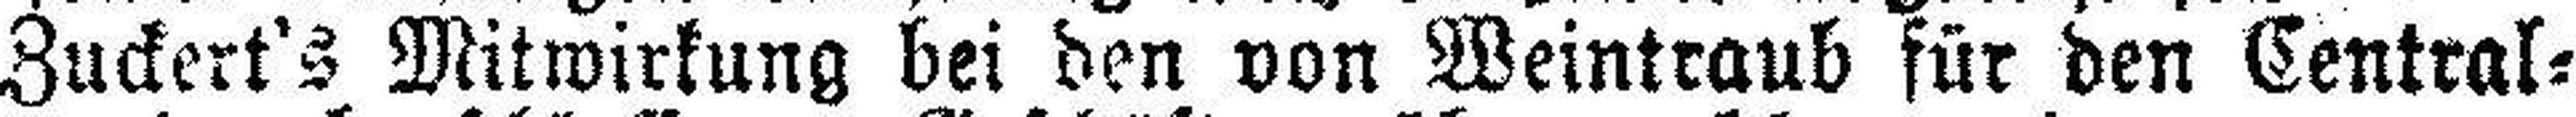
Zuckert's Mitwirkung bei den von Weintraub für den Central=